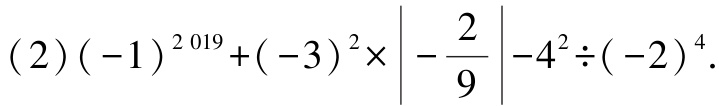
\((2)(-1)^{2019}+(-3)^{2}\times\left|-\frac{2}{9}\right|-4^{2}\div(-2)^{4}\)